Serum-therapy of plague in India - Number 20
Disease focus: Plague
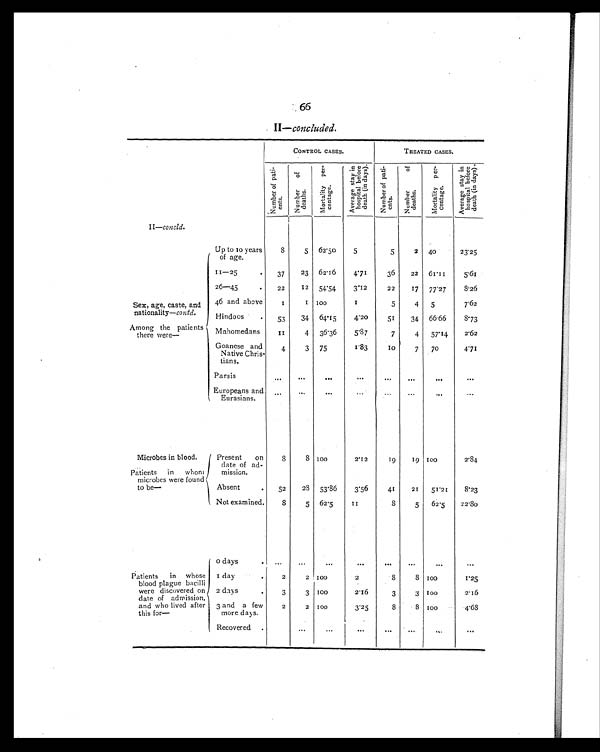
66
11 —concluded.
CONTROL CASES.
TREATED CASES.
N u m b e r o f p a t i e n t s .
N u m b e r o f d e a t h s .
M o r t a l i t y p e r c e n t a g e .
A v e r a g e s t a y u b h o s p i t a l b e f o r e d e a t h ( i n d a y s )
N u m b e r o f p a t i e n t s .
N u m b e r o f d e a t h s .
N u m b e r o f p e r c e b t a g e .
A v e r a g e s t a y u b h o s p i t a l b e f o r e d e a t h ( i n d a y s )
II —concld.
Sex, age, caste, and
nationality—contd.
Among the patients
there were—
Up to to years
of age.
8
5
62'50
5
5
2
40
23'25
11—25
•
37
23
62'16
4'71
36
22
61'11
5'61
26—45
•
22
12
54'54
3'1 2
22
17
77'27
8'26
46 and above
1
1 100
1
5
4
5
7'62
Hindoos•
53
34
64'15
4'20
51
34
66'66
8'73
Mahomedans
1 1
4
36'36
5'87
7
4
5114
2'62
Goanese and
Native Chris-
tians.
4
3
75
1'83
10
7
70
4'71
Parsis
. . . ...
. . .
. . .
...
. . .
. . .
. . .
E uropeans and
Eurasians.
...
...
. . .
...
...
...
. . .
...
Microbes in blood.
Patients in whom
microbes were found
to be—
Present on
date of ad-
mission.
8
8 100
2'12
19
19 100
2'84
Absent
52
23
53 . 86
3'56
41
21
51'21
8'23
Not examined.
8
5
62 .5
1 1
8
5
62'5
2280
o days
...
. . .
. . .
. . .
. . .
. . .
. . .
. . .
Patients in whose
blood plague bacilli
were discovered on
date of admission,
and who lived after
this for—
1 day
•
2
2 100
2
8
8 100
1'25
2 days
3
3 100
2.16
3
3
100
2'16
3 and a few
more days.
2
2 100
3'25
8
8
100
4'63
Recovered
. . .
...
. . .
. . .
...
. . .
. . .